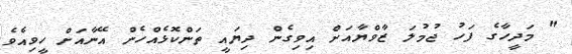
" މަދީހާގެ ފަހު ޖުމުލަ ޒާވްޔާއަށް އިވިގެން ދިޔައީ ތަންކޮޅެއްހެން އޭނާއަށް ހީވިއެވެ